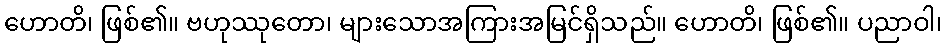
ဟောတိ၊ ဖြစ်၏။ ဗဟုဿုတော၊ များသောအကြားအမြင်ရှိသည်။ ဟောတိ၊ ဖြစ်၏။ ပညာဝါ၊